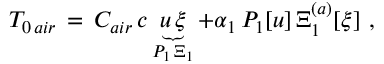
\begin{array} { r } { T _ { 0 \, a i r } \, = \, C _ { a i r } \, c \underbrace { u \, \xi } _ { P _ { 1 } \, \Xi _ { 1 } } + \alpha _ { 1 } \, P _ { 1 } [ u ] \, \Xi _ { 1 } ^ { ( a ) } [ \xi ] \ , \ } \end{array}